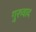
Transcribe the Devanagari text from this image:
गुरुवाद